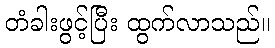
တံခါးဖွင့်ပြီး ထွက်လာသည်။